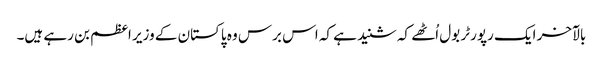
بالآخر ایک رپورٹر بول اُٹھے کہ شنید ہے کہ اس برس وہ پاکستان کے وزیر اعظم بن رہے ہیں۔